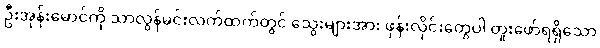
ဦးအုန်းမောင်ကို သာလွန်မင်းလက်ထက်တွင် သွေးများအား ဖုန်းလိုင်းတွေပါ တူးဖော်ရရှိသော